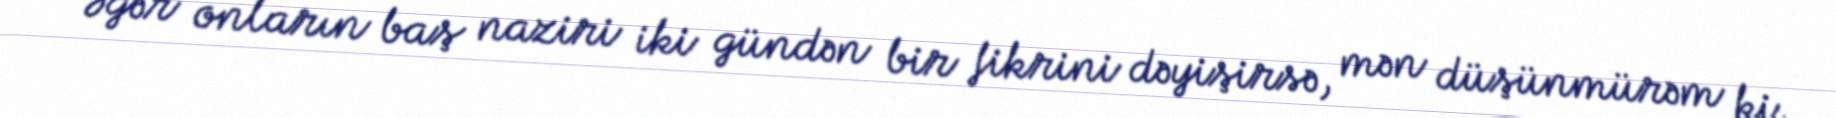
Əgər onların baş naziri iki gündən bir fikrini dəyişirsə, mən düşünmürəm ki,